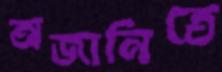
অজানিতে